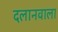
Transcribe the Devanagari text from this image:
दलानवाला